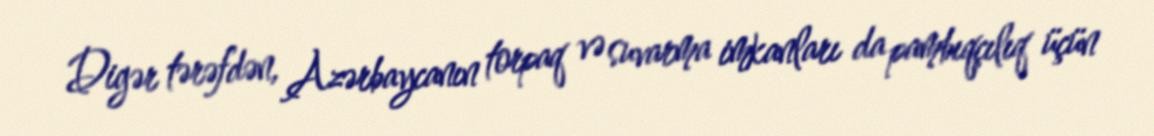
Digər tərəfdən, Azərbaycanın torpaq və suvarma imkanları da pambıqçılıq üçün